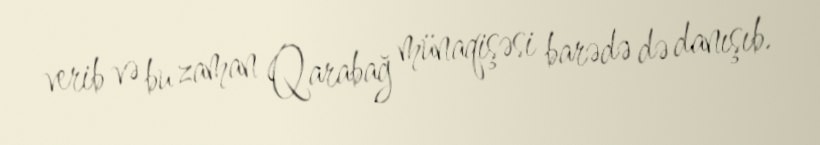
verib və bu zaman Qarabağ münaqişəsi barədə də danışıb.